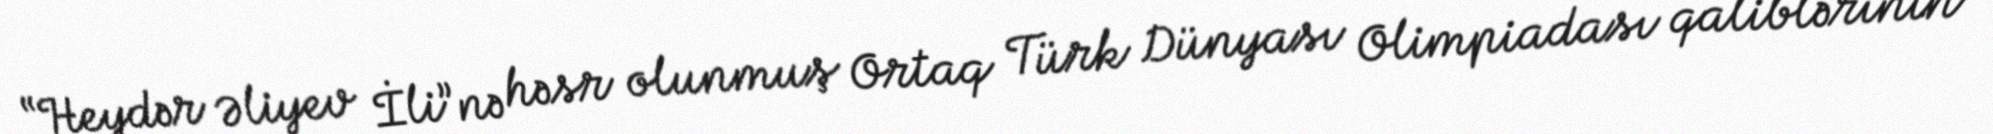
“Heydər Əliyev İli”nə həsr olunmuş Ortaq Türk Dünyası Olimpiadası qaliblərinin